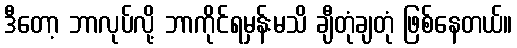
ဒီတော့ ဘာလုပ်လို့ ဘာကိုင်ရမှန်းမသိ ချီတုံချတုံ ဖြစ်နေတယ်။